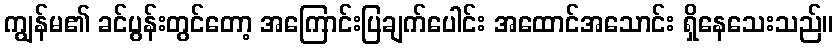
ကျွန်မ၏ ခင်ပွန်းတွင်တော့ အကြောင်းပြချက်ပေါင်း အထောင်အသောင်း ရှိနေသေးသည်။